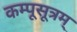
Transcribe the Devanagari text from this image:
कम्पूसूत्रम्